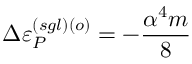
\Delta \varepsilon _ { P } ^ { ( s g l ) \left( o \right) } = - \frac { \alpha ^ { 4 } m } { 8 }